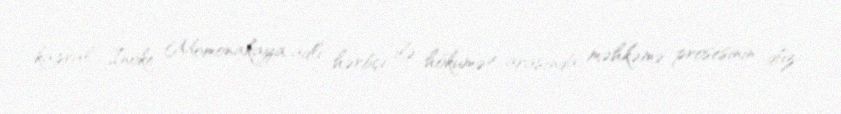
kapral İnoke Momonakaya adlı hərbçi ilə hökumət arasında məhkəmə prosesinin düz